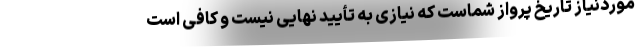
موردنیاز تاریخ پرواز شماست که نیازی به تأیید نهایی نیست و کافی است